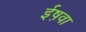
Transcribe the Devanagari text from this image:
ईष़वा